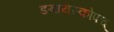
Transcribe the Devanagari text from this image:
ङबायस्कोपच्